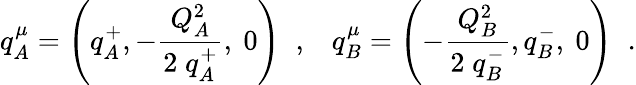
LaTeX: q_{A}^{\mu}=\left(q_{A}^{+},-{\frac{Q_{A}^{2}}{2\; q_{A}^{+}}},{\mathrm{\mathbf~0}}\right)\; \; ,\; \; \; q_{B}^{\mu}=\left(-{\frac{Q_{B}^{2}}{2\; q_{B}^{-}}},q_{B}^{-},{\mathrm{\mathbf~0}}\right)\; \; .